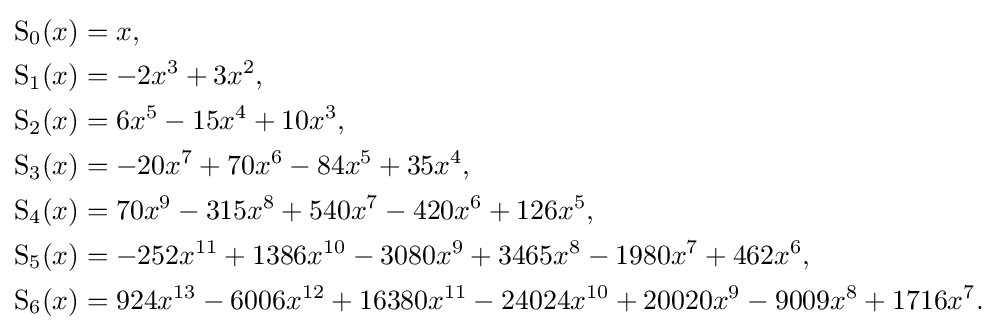
{\begin{aligned}\operatorname {S} _{0}(x)&=x,\\\operatorname {S} _{1}(x)&=-2x^{3}+3x^{2},\\\operatorname {S} _{2}(x)&=6x^{5}-15x^{4}+10x^{3},\\\operatorname {S} _{3}(x)&=-20x^{7}+70x^{6}-84x^{5}+35x^{4},\\\operatorname {S} _{4}(x)&=70x^{9}-315x^{8}+540x^{7}-420x^{6}+126x^{5},\\\operatorname {S} _{5}(x)&=-252x^{11}+1386x^{10}-3080x^{9}+3465x^{8}-1980x^{7}+462x^{6},\\\operatorname {S} _{6}(x)&=924x^{13}-6006x^{12}+16380x^{11}-24024x^{10}+20020x^{9}-9009x^{8}+1716x^{7}.\\\end{aligned}}